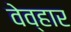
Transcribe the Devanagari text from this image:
वेव्हार